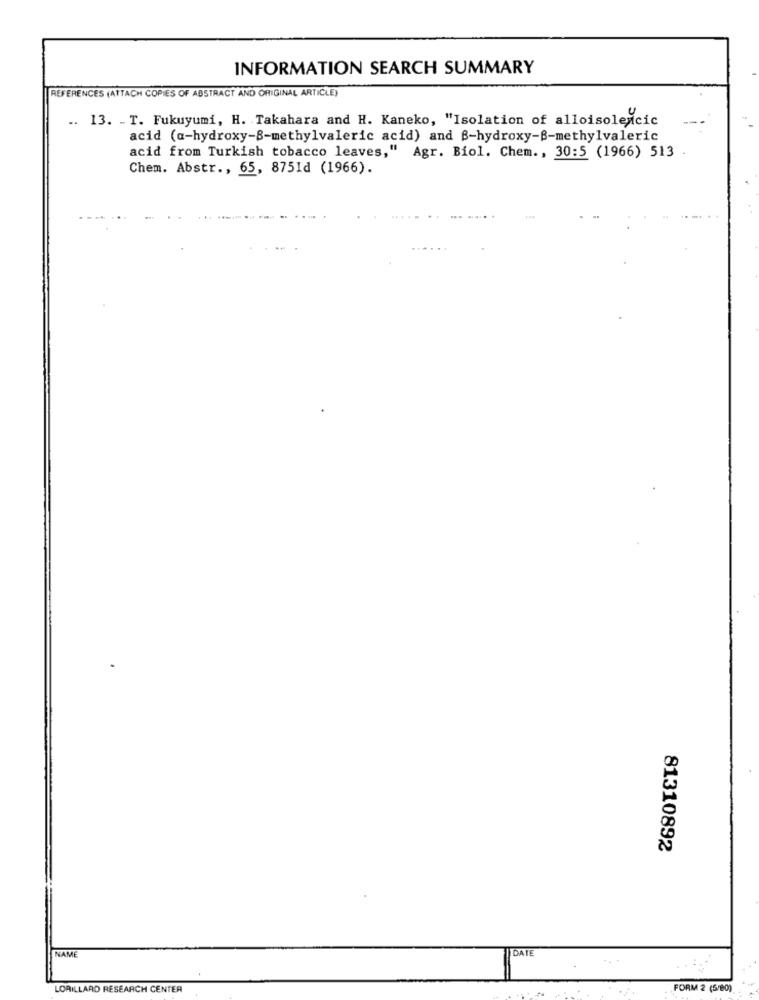
INFORMATION SEARCH SUMMARY
REFERENCES (ATTACH COPIES OF ABSTRACT AND ORIGINAL ARTICLE)
.. 13. - T. Fukuyumi, H. Takahara and H. Kaneko, "Isolation of alloisolexcic
--
acid (a-hydroxy-B-methylvaleric acid) and B-hydroxy-B-methylvaleric
acid from Turkish tobacco leaves," Agr. Biol. Chem ., 30:5 (1966) 513
Chem. Abstr ., 65, 8751d (1966).
81310892
NAME
DATE
LORILLARD RESEARCH CENTER
FORM 2 (5/00)